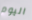
اليوم